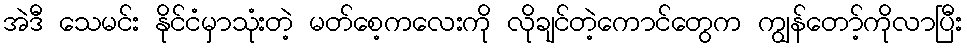
အဲဒီ သေမင်း နိုင်ငံမှာသုံးတဲ့ မတ်စေ့ကလေးကို လိုချင်တဲ့ကောင်တွေက ကျွန်တော့်ကိုလာပြီး